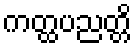
ကတ္ထပညတ္တိ